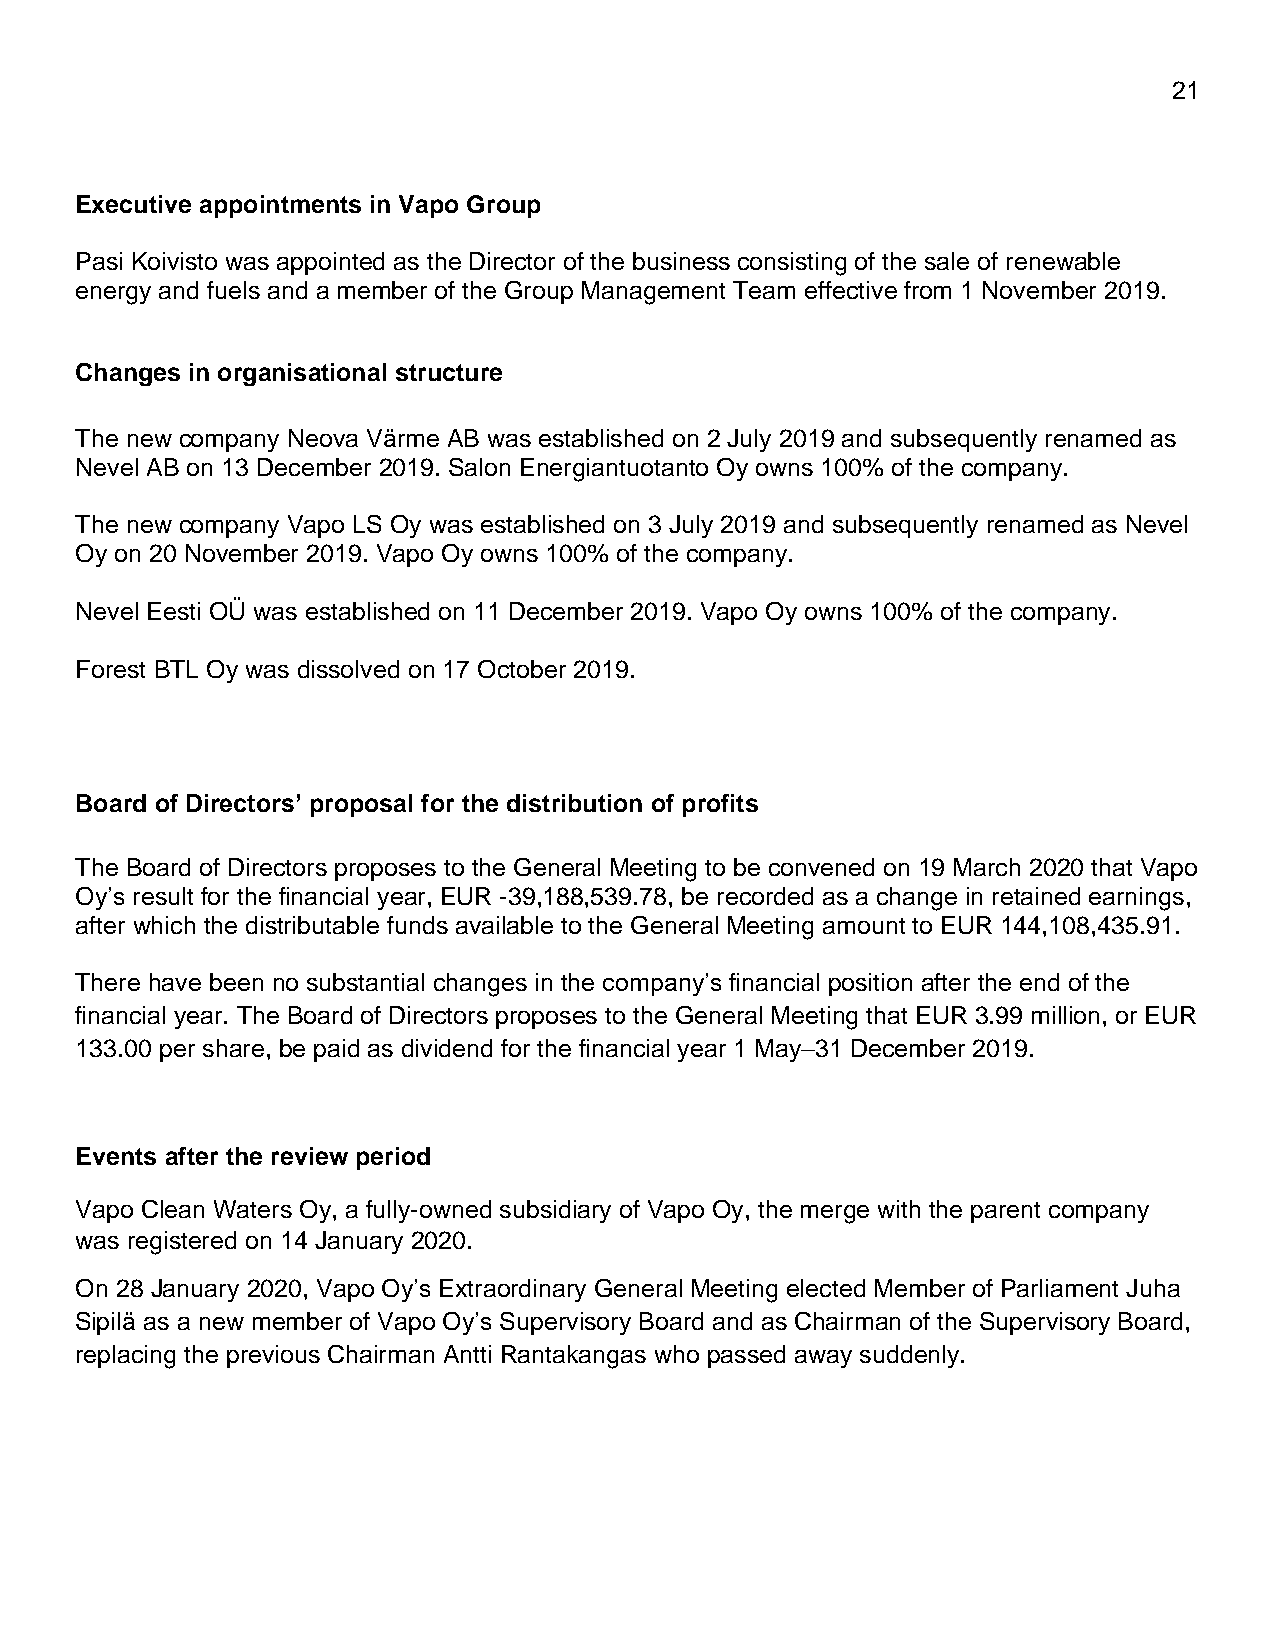
21
 Executive appointments in Vapo Group
 Pasi Koivisto was appointed as the Director of the business consisting of the sale of renewable
 energy and fuels and a member of the Group Management Team effective from 1 November 2019.
 Changes in organisational structure
 The new company Neova Värme AB was established on 2 July 2019 and subsequently renamed as
 Nevel AB on 13 December 2019. Salon Energiantuotanto Oy owns 100% of the company.
 The new company Vapo LS Oy was established on 3 July 2019 and subsequently renamed as Nevel
 Oy on 20 November 2019. Vapo Oy owns 100% of the company.
 Nevel Eesti OÜ was established on 11 December 2019. Vapo Oy owns 100% of the company.
 Forest BTL Oy was dissolved on 17 October 2019.
 Board of Directors’ proposal for the distribution of profits
 The Board of Directors proposes to the General Meeting to be convened on 19 March 2020 that Vapo
 Oy’s result for the financial year, EUR -39,188,539.78, be recorded as a change in retained earnings,
 after which the distributable funds available to the General Meeting amount to EUR 144,108,435.91.
 There have been no substantial changes in the company’s financial position after the end of the
 financial year. The Board of Directors proposes to the General Meeting that EUR 3.99 million, or EUR
 133.00 per share, be paid as dividend for the financial year 1 May–31 December 2019.
 Events after the review period
 Vapo Clean Waters Oy, a fully-owned subsidiary of Vapo Oy, the merge with the parent company
 was registered on 14 January 2020.
 On 28 January 2020, Vapo Oy’s Extraordinary General Meeting elected Member of Parliament Juha
 Sipilä as a new member of Vapo Oy’s Supervisory Board and as Chairman of the Supervisory Board,
 replacing the previous Chairman Antti Rantakangas who passed away suddenly.